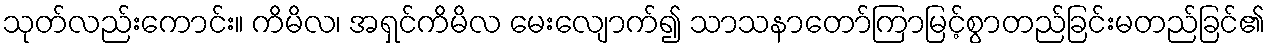
သုတ်လည်းကောင်း။ ကိမိလ၊ အရှင်ကိမိလ မေးလျောက်၍ သာသနာတော်ကြာမြင့်စွာတည်ခြင်းမတည်ခြင်၏